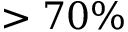
> 7 0 \%